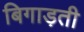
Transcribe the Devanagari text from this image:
बिगाड़ती